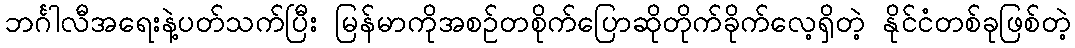
ဘင်္ဂါလီအရေးနဲ့ပတ်သက်ပြီး မြန်မာကိုအစဉ်တစိုက်ပြောဆိုတိုက်ခိုက်လေ့ရှိတဲ့ နိုင်ငံတစ်ခုဖြစ်တဲ့